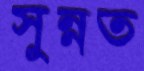
সুন্নত